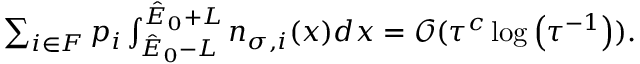
\begin{array} { r } { \sum _ { i \in F } p _ { i } \int _ { \hat { E } _ { 0 } - L } ^ { \hat { E } _ { 0 } + L } n _ { \sigma , i } ( x ) d x = \mathcal { O } ( \tau ^ { c } \log \left( \tau ^ { - 1 } \right) ) . } \end{array}